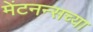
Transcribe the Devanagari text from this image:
मेंटनन्सच्या